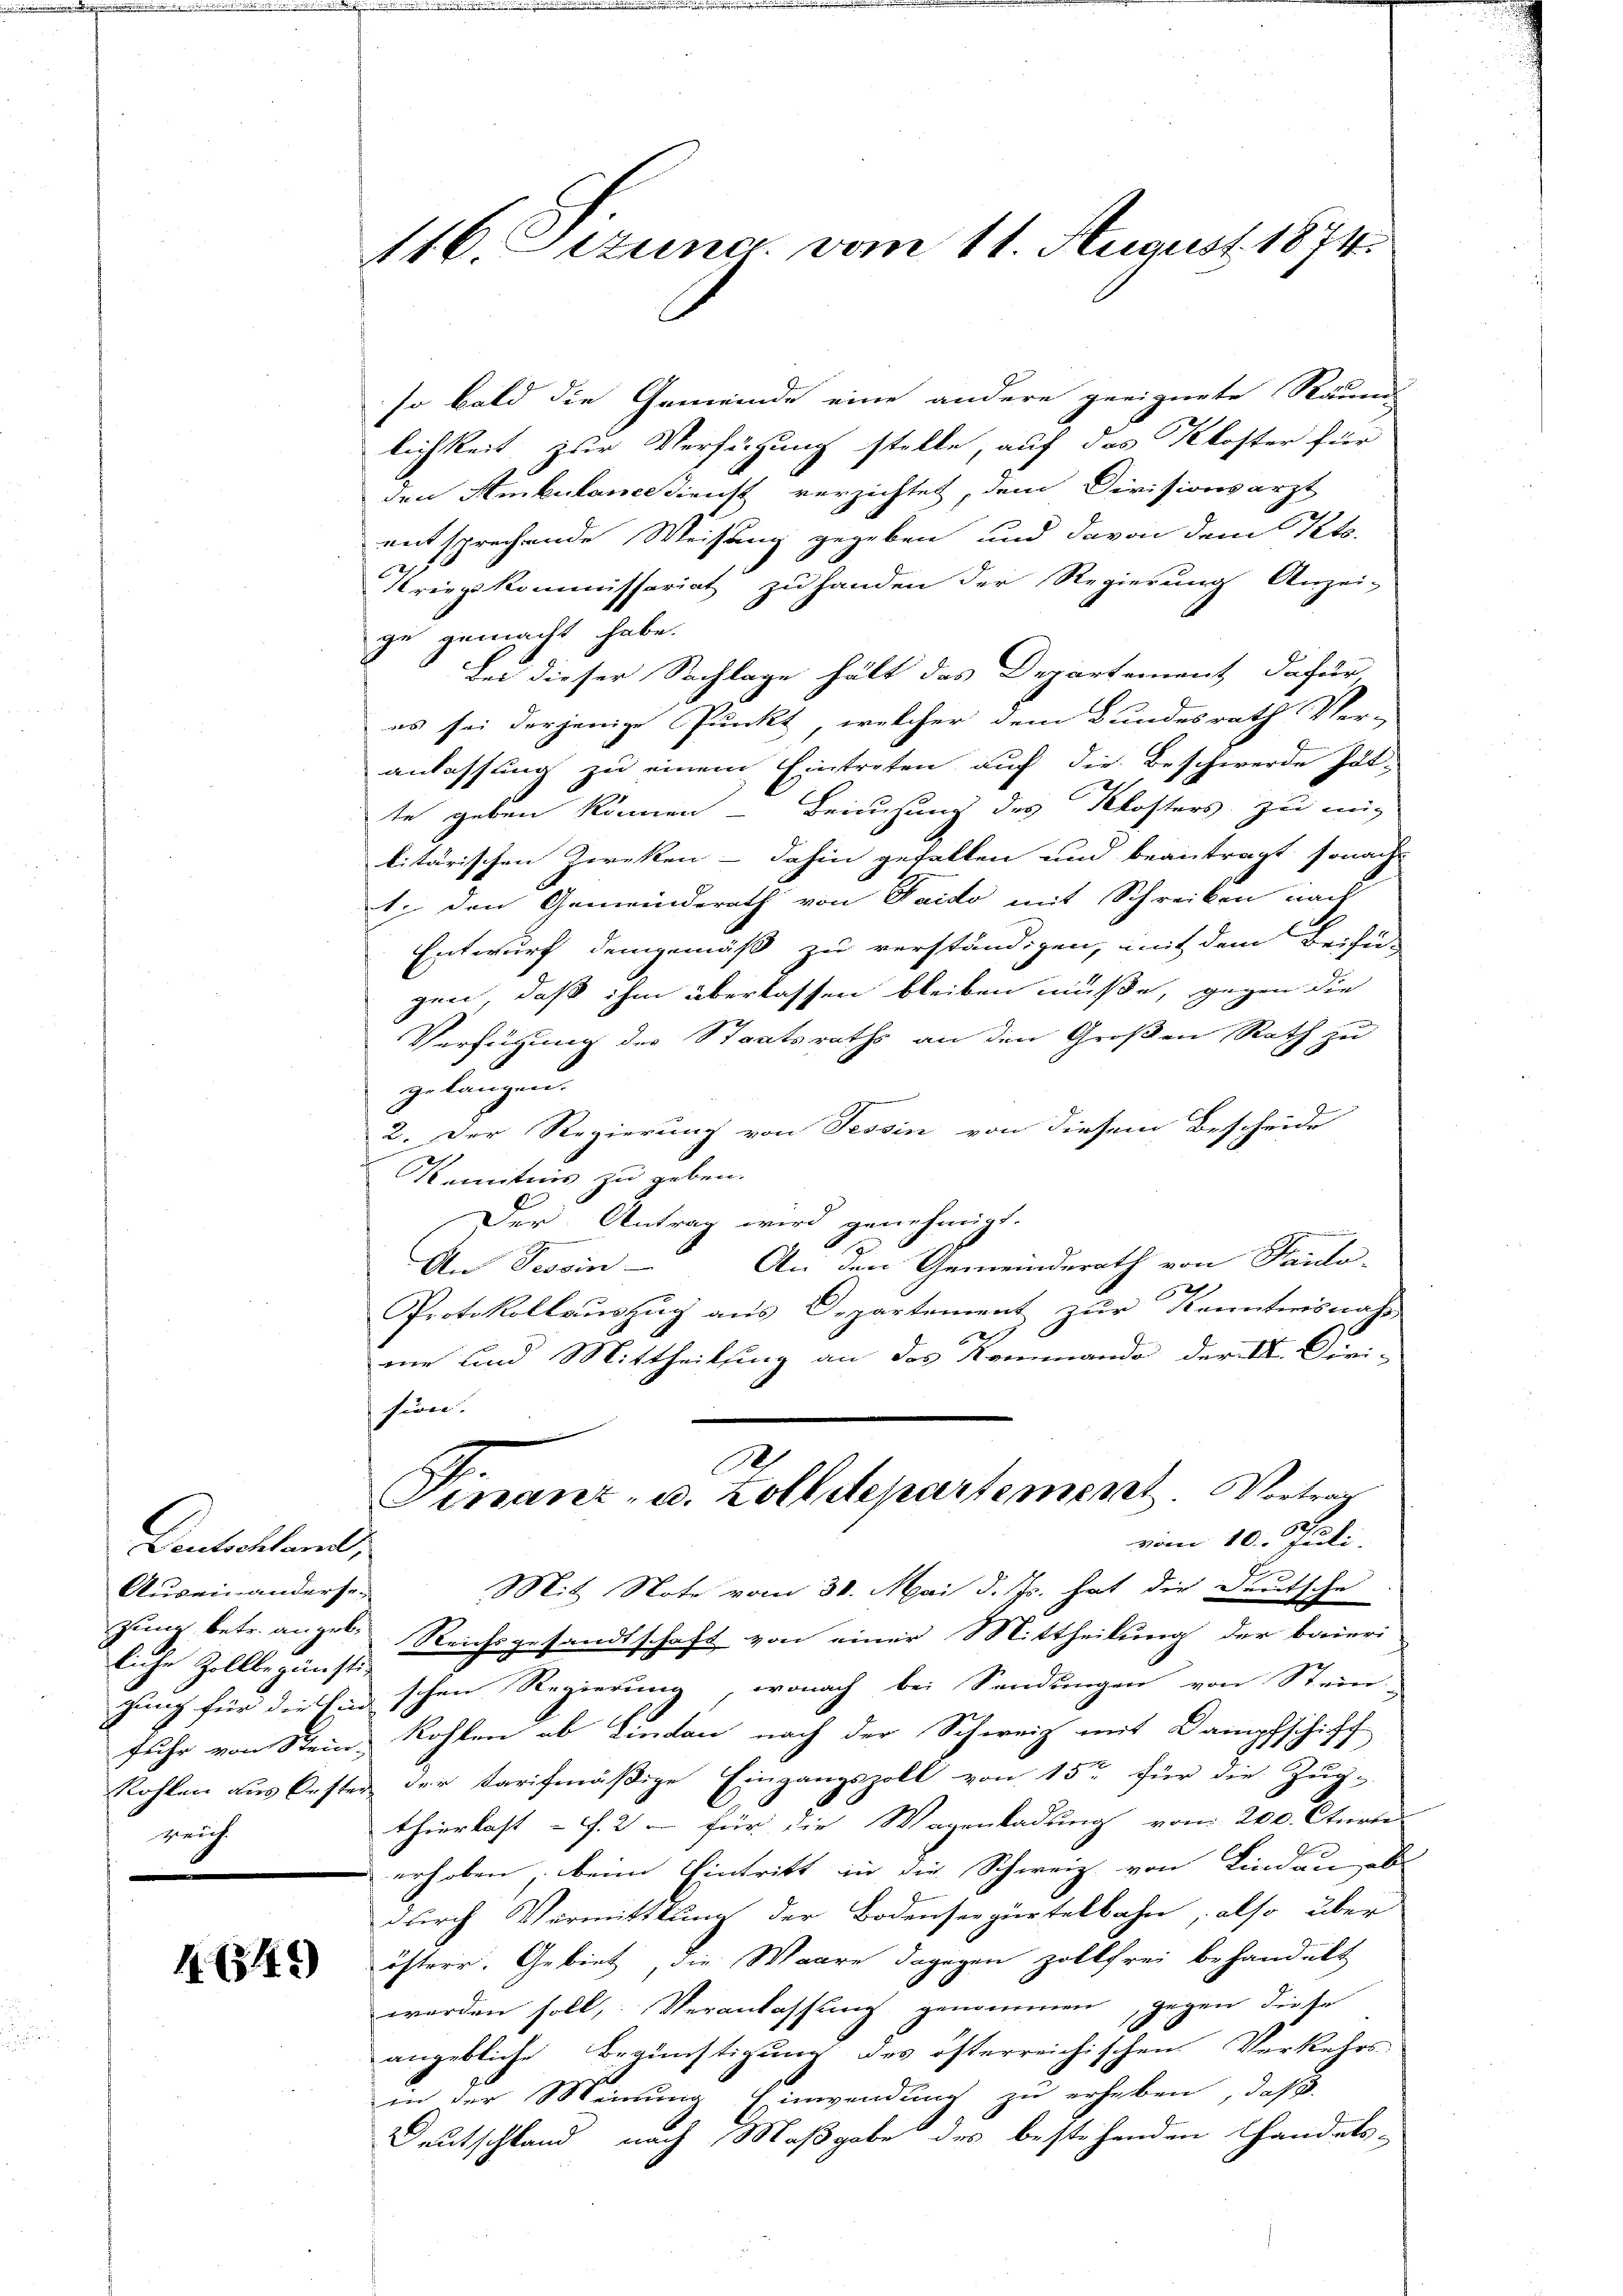
Deutschland,
Auseinandersei
liche Zollbegünsti-
greich

1. 634.

116. Jezuna vom 11. August 1874.

so bald die Gemeinde eine andere geeignete Räuen
lichkeit zur Verfügung stelle, auf das Kloster für
den Ambulancedienst verzichtet, dem Divisionsarzt
entsprechende Weisung gegeben, und davon dem Kts.
Kriegskommissariat zu handen der Regierung Anzei-
ge gemacht habe.
Bei dieser Sachlage hält das Departement dafür,
es sei derjenige Punkt, welcher dem Bundesrath Ver-
anlassung zu einem Eintreten auf die Beschwerde Pöt-
te geben können - Berufung des Klosters zu mig
litärischen Zwecken - dahin gefallen und beantragt, sonach¬
1. den Gemeinderath von Taido mit Schreiben nach
Entwurf demgemäß zu verständigen, mit dem Beifü-
gen, daß ihm überlassen bleiben müße, gegen die
Verfügung der Staatsraths an den Großen Rath zu
gelangen.
2. Der Regierung von Tessin von diesem Bescheide
Kenntnis zu geben.
Der Antrag wird genehmigt.
An den Gemeinderath von Frido-
An Tessin
6)
Protokollauszug aus Departement zur Kenntnisnahe
nir und Mittheilung an das Kommando der I. Diri-
sin.
.
Finanz- u. Zolldepartement. Vortrag
2
vom 10. Juni.
Mit Note vom 30. Mai d. Js. hat die Deutsche
zung betr. angel. Reichsgesandtschaft von einer Mittheilung der baieri
gung für diesenschen Regierung, wonach bei Sendungen von Stein-
fuhr von Stein, Kohlen ob Lindau nach der Schweiz mit Dampfschichf
Rohlen aus Oester der Tarifmäßige Eingangszoll von 15ten für die Zug-
thierkast- u. 2 – für die Wegenladung vom 200. Cturte
erhoben, beim Eintritt in die Schweiz von Lindau ab
durch Vermittlung der Bodenseegürtelbahn, also über
österr. Gebiet, die Waare dagegen zollfrei behandelt
worden soll, Veranlassung genommen, gegen diese
angebliche Begünstigung des österreichischen Verkehrs
in der Meinung Einwendung zu erheben, daß
Deutschland nach Maßgabe des bestehenden Handels-